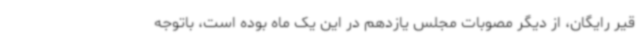
قیر رایگان، از دیگر مصوبات مجلس یازدهم در این یک ماه بوده است، باتوجه